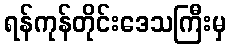
ရန်ကုန်တိုင်းဒေသကြီးမှ